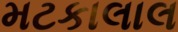
મટકાલાલ